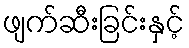
ဖျက်ဆီးခြင်းနှင့်